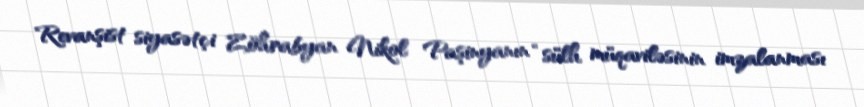
Revanşist siyasətçi Zöhrabyan Nikol Paşinyanın “sülh müqaviləsinin imzalanması